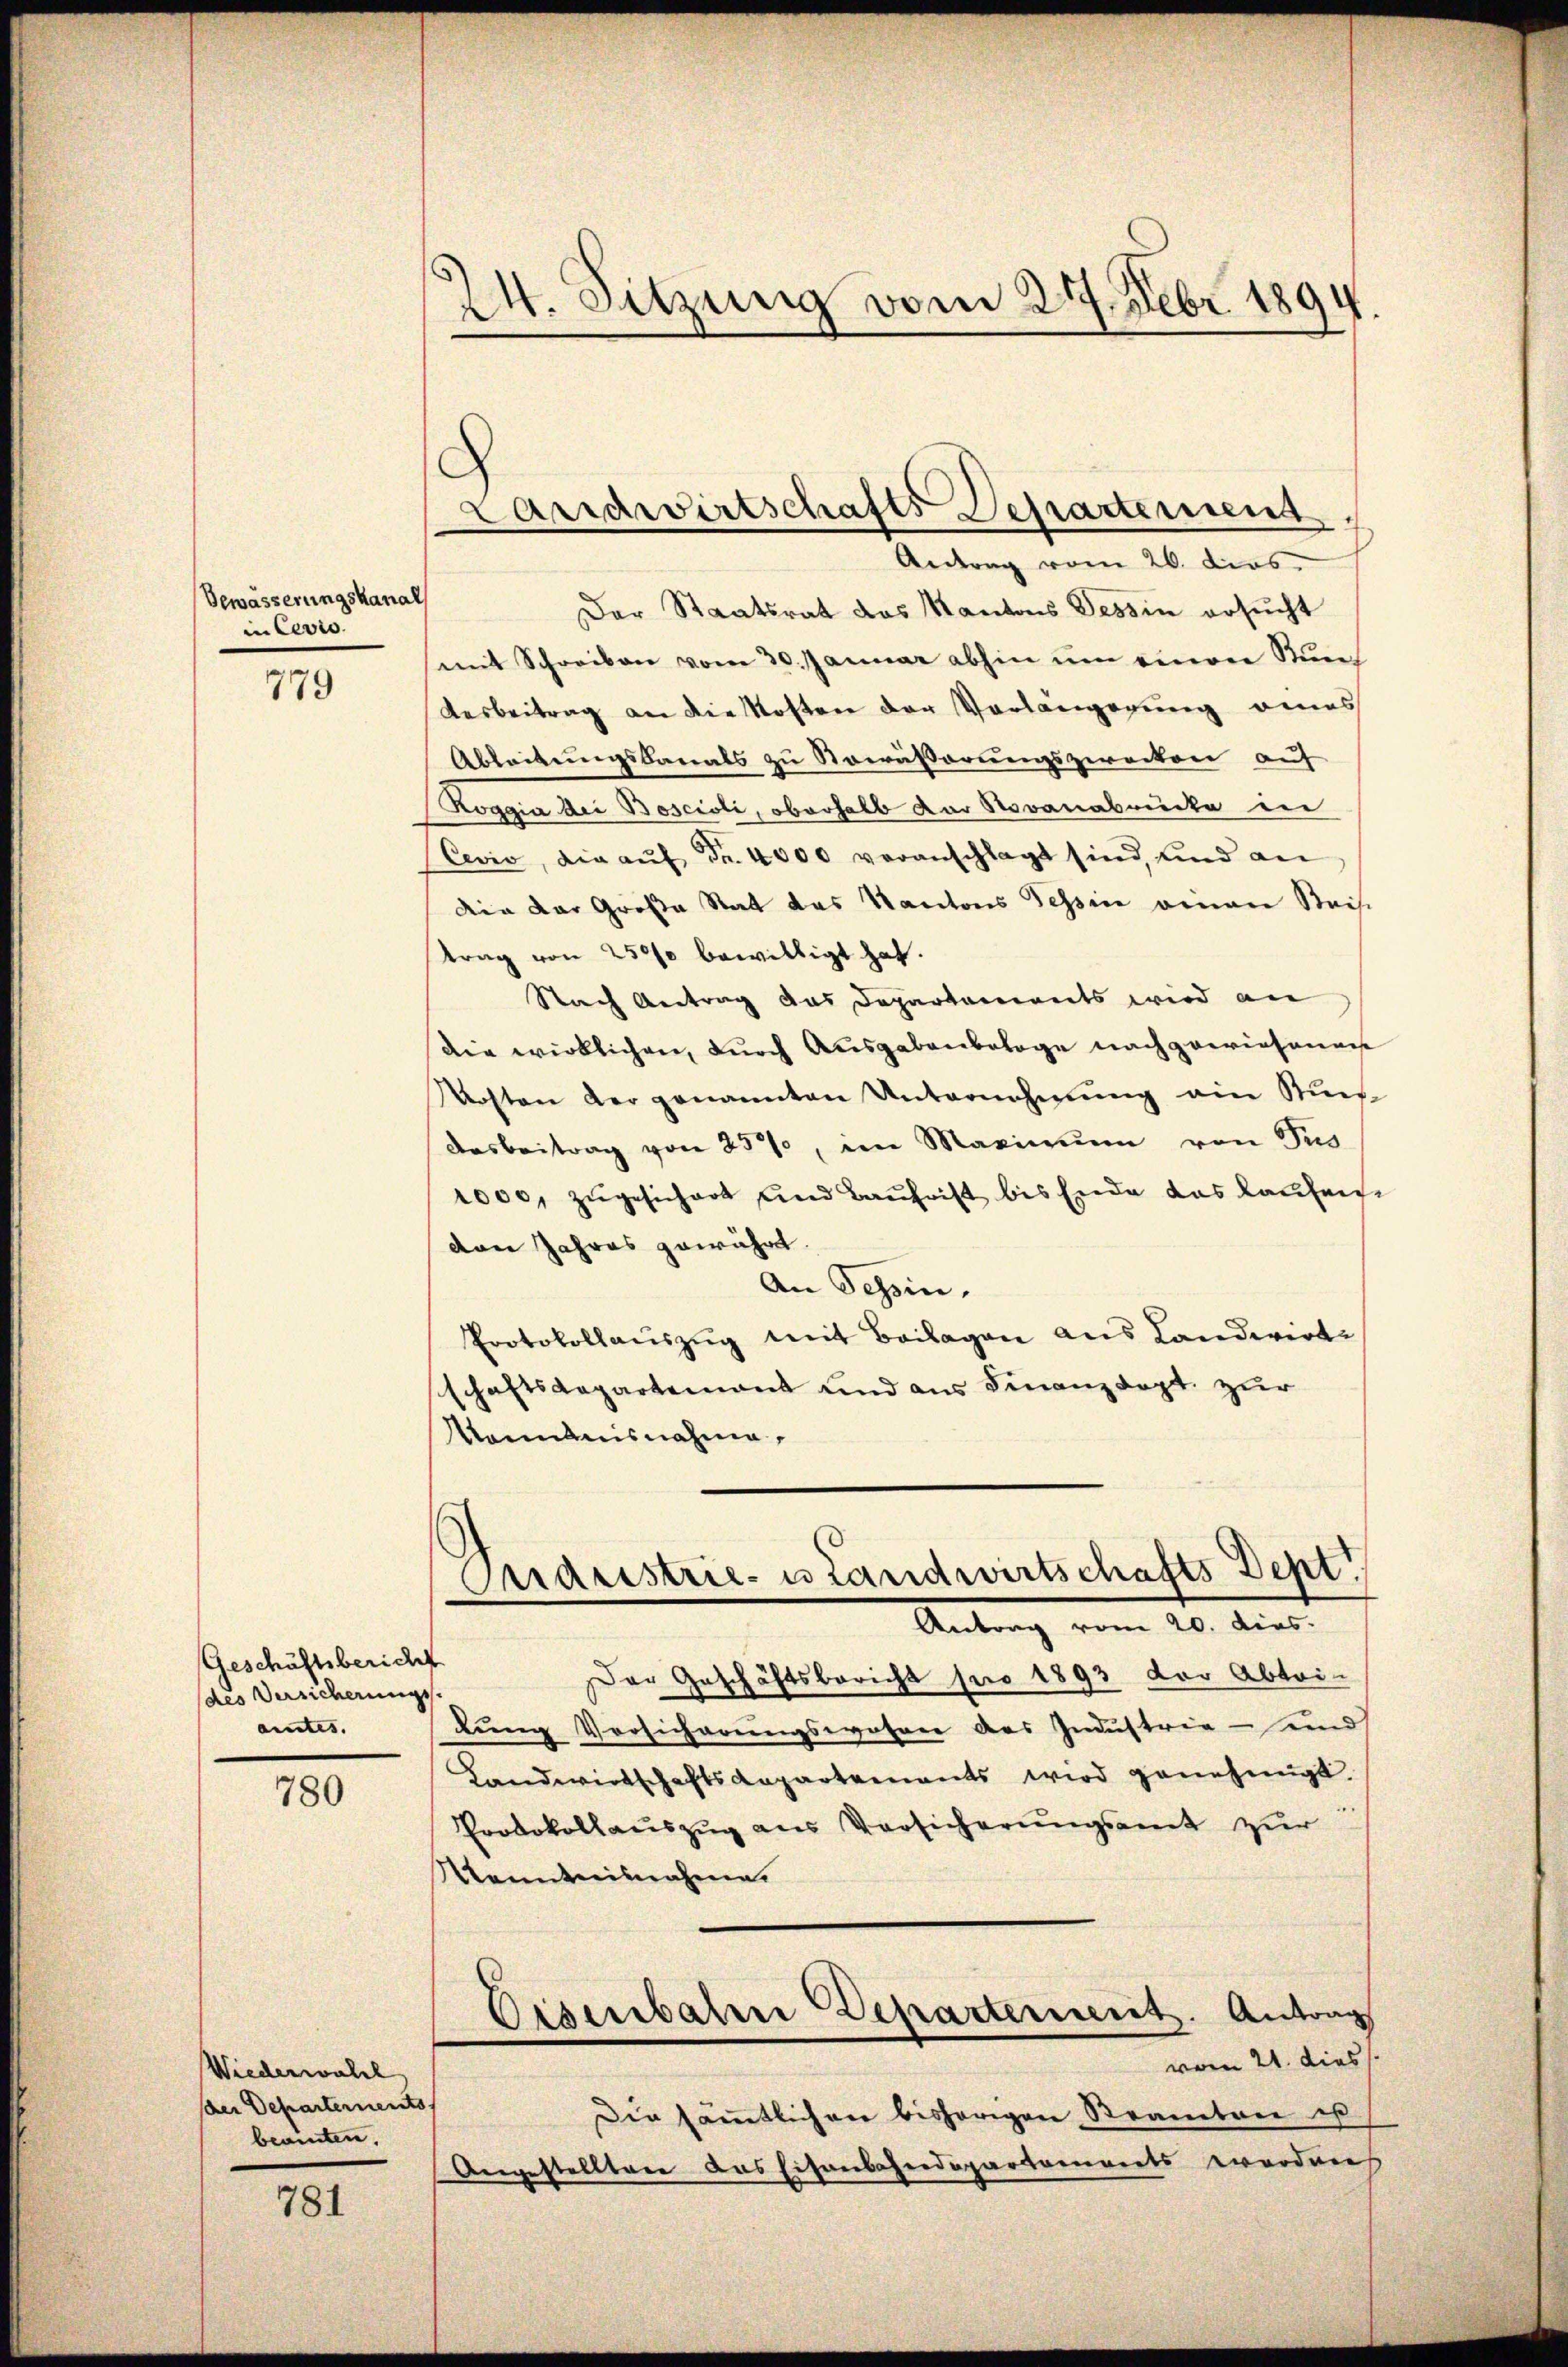
Bewässerungskanal
in Cevis

779

Geschäftsbericht
des Versicherungsamtes. |

780

Wiederwahl
der Departements,
beamten.

781

24. Sitzung vom 27. Febr. 1894

Der Staatsrat des Kantons Tessin ersucht
mit Schreiben vom 30. Januar abhin ŭm einen Ruech
Aesbeitrag an die Kosten der Vorlängerung eines
Ableitungskanals zu Nowässerungszwecken auf
oggia der Boscisli, oberhalb der Novenabrücke in
Cevio, die aŭf Fr. 4000 veranschlagt sind, und an
die der Große Rat das Kantons Tessin einen Streis
trag von 2500 bewilligt hat.
Nach Antrag das Departements wird an
die wirklichen, durch Ausgabenbelage nachgewiesenen
Mosten der genannten Unternehmung ein Such
Dasbeitrag von 25%, im Maximum von Pus
1000, zugesichert und Baufrist bis Ende das laufen.
dan Jahres gewährt.
An Tessin,
Protokollaŭszŭg mit Beilagen aus Landwirt
schaftsdepartement und aus Finanzdept. zur
Mammanisnahme,
Araristrie- u Landwirtschafts Dept
Antrag vom 20. dies.
Der Geschäftsbericht pro 1893 der Abtei-
lung Vorsicherungswahrer des Industria - und
Landwirtschaftsaepartements wird genehmigt.
Prodokollauszug aus Versicherungsamt zur
Kenntnisnahme.
Eisenbaten Departement. Antrag
vom 21. dies
Die sämmtlichen bisherigen Beamten ist
Angestellten das Eisenbahndepartements wordenes

Landwirtschafts-Departement
Antrag vom 26. dies